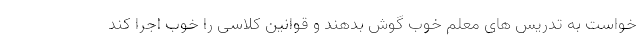
خواست به تدریس های معلم خوب گوش بدهند و قوانین کلاسی را خوب اجرا کند